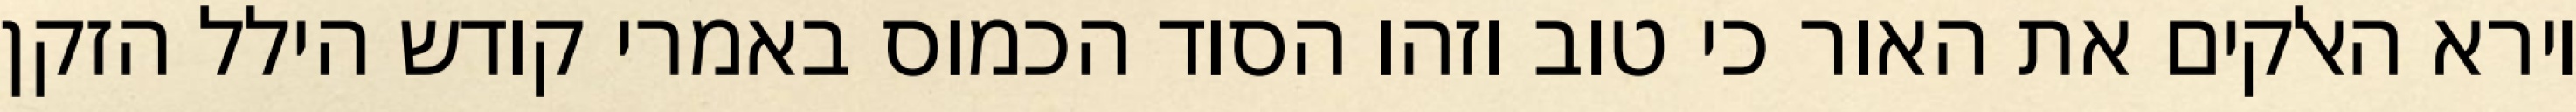
וירא האלקים את האור כי טוב וזהו הסוד הכמוס באמרי קודש הילל הזקן